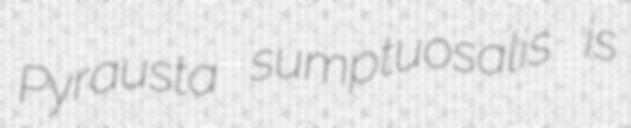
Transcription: Pyrausta sumptuosalis is